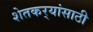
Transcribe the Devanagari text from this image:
शेतकर्‍यांसाठी